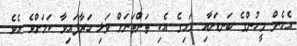
އެހެން މީހުންގެ ބަނޑަށާއި ގައިގެ އެކި ތަންތަނަށް ވަޅި ހަރާފައިވާ ކަމަށްވެ އެވެ.